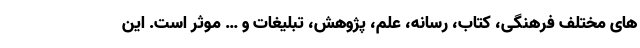
های مختلف فرهنگی، کتاب، رسانه، علم، پژوهش، تبلیغات و … موثر است. این